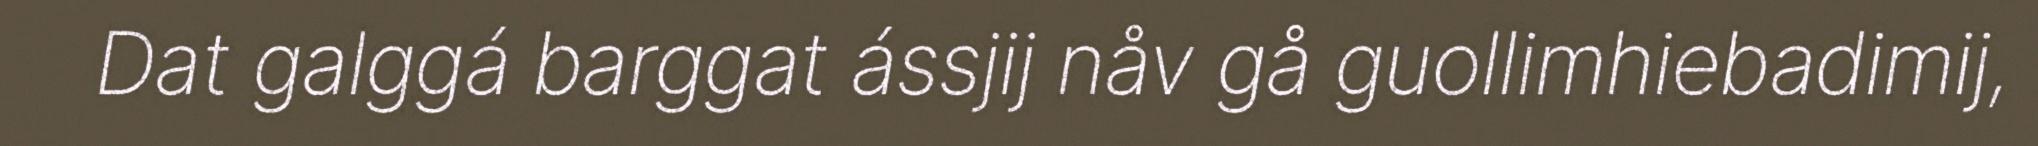
Dat galggá barggat ássjij nåv gå guollimhiebadimij,